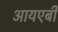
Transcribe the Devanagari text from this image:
आयएबी